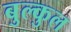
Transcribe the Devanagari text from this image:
बुल्कुल